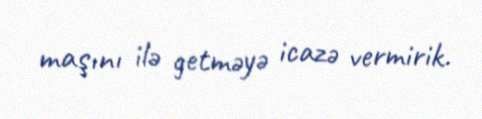
maşını ilə getməyə icazə vermirik.